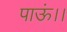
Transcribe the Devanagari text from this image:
पाऊं।।